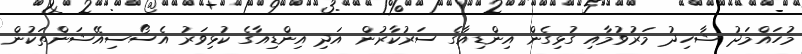
މުހައްމަދު ޝާހިދު މަރުވުމާއި ގުޅިގެން އިންޑިއާގެ ސަރުކާރުން އަދި އިންޑިއާގެ ކުޅިވަރު އެސޯސިއޭޝަންތަކުން